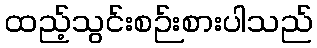
ထည့်သွင်းစဉ်းစားပါသည်